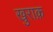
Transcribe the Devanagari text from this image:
खुराक़